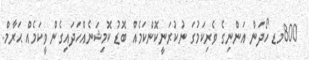
800މޑ ހޯދަން އަންނިގެ ވެރިކަމުގަ ނުކުރަނީކޮންކަމެއް ބޮޑު ކޮމިޝަނެއްހަދައިގެން ވީކަމެއް ޙަރާމް.